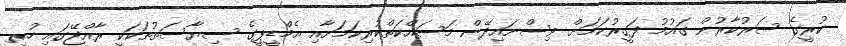
ކުރީގެ ސަރުކާރުން ގައުމު ފަގީރުކަމަށް ވިސްނައިދޭން މަސައްކަތްކުރިކަމަށާއި އެމްޑީޕީގެ ސިޔާސަތުތަކަކީ ރާއްޖޭގައި ހުރި